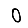
Digit: 0